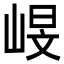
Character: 𡹋